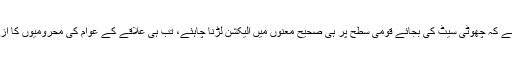
لیکن اب ان کا خیال ہے کہ چھوٹی سیٹ کی بجائے قومی سطح پر ہی صحیح معنوں میں الیکشن لڑنا چاہئے، تب ہی علاقے کے عوام کی محرومیوں کا ازالہ ممکن ہوسکتا ہے۔